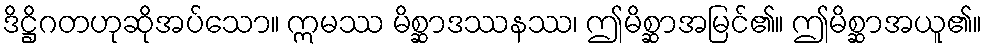
ဒိဋ္ဌိဂတဟုဆိုအပ်သော။ ဣမဿ မိစ္ဆာဒဿနဿ၊ ဤမိစ္ဆာအမြင်၏။ ဤမိစ္ဆာအယူ၏။